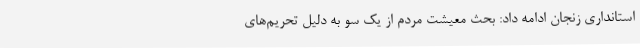
استانداری زنجان ادامه داد: بحث معیشت مردم از یک سو به دلیل تحریم‌های